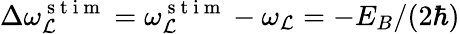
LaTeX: \Delta\omega_{\mathcal{L}}^{\mathrm{{~s~t~i~m~}}}=\omega_{\mathcal{L}}^{\mathrm{{~s~t~i~m~}}}-\omega_{\mathcal{L}}=-E_{B}/(2\hbar)